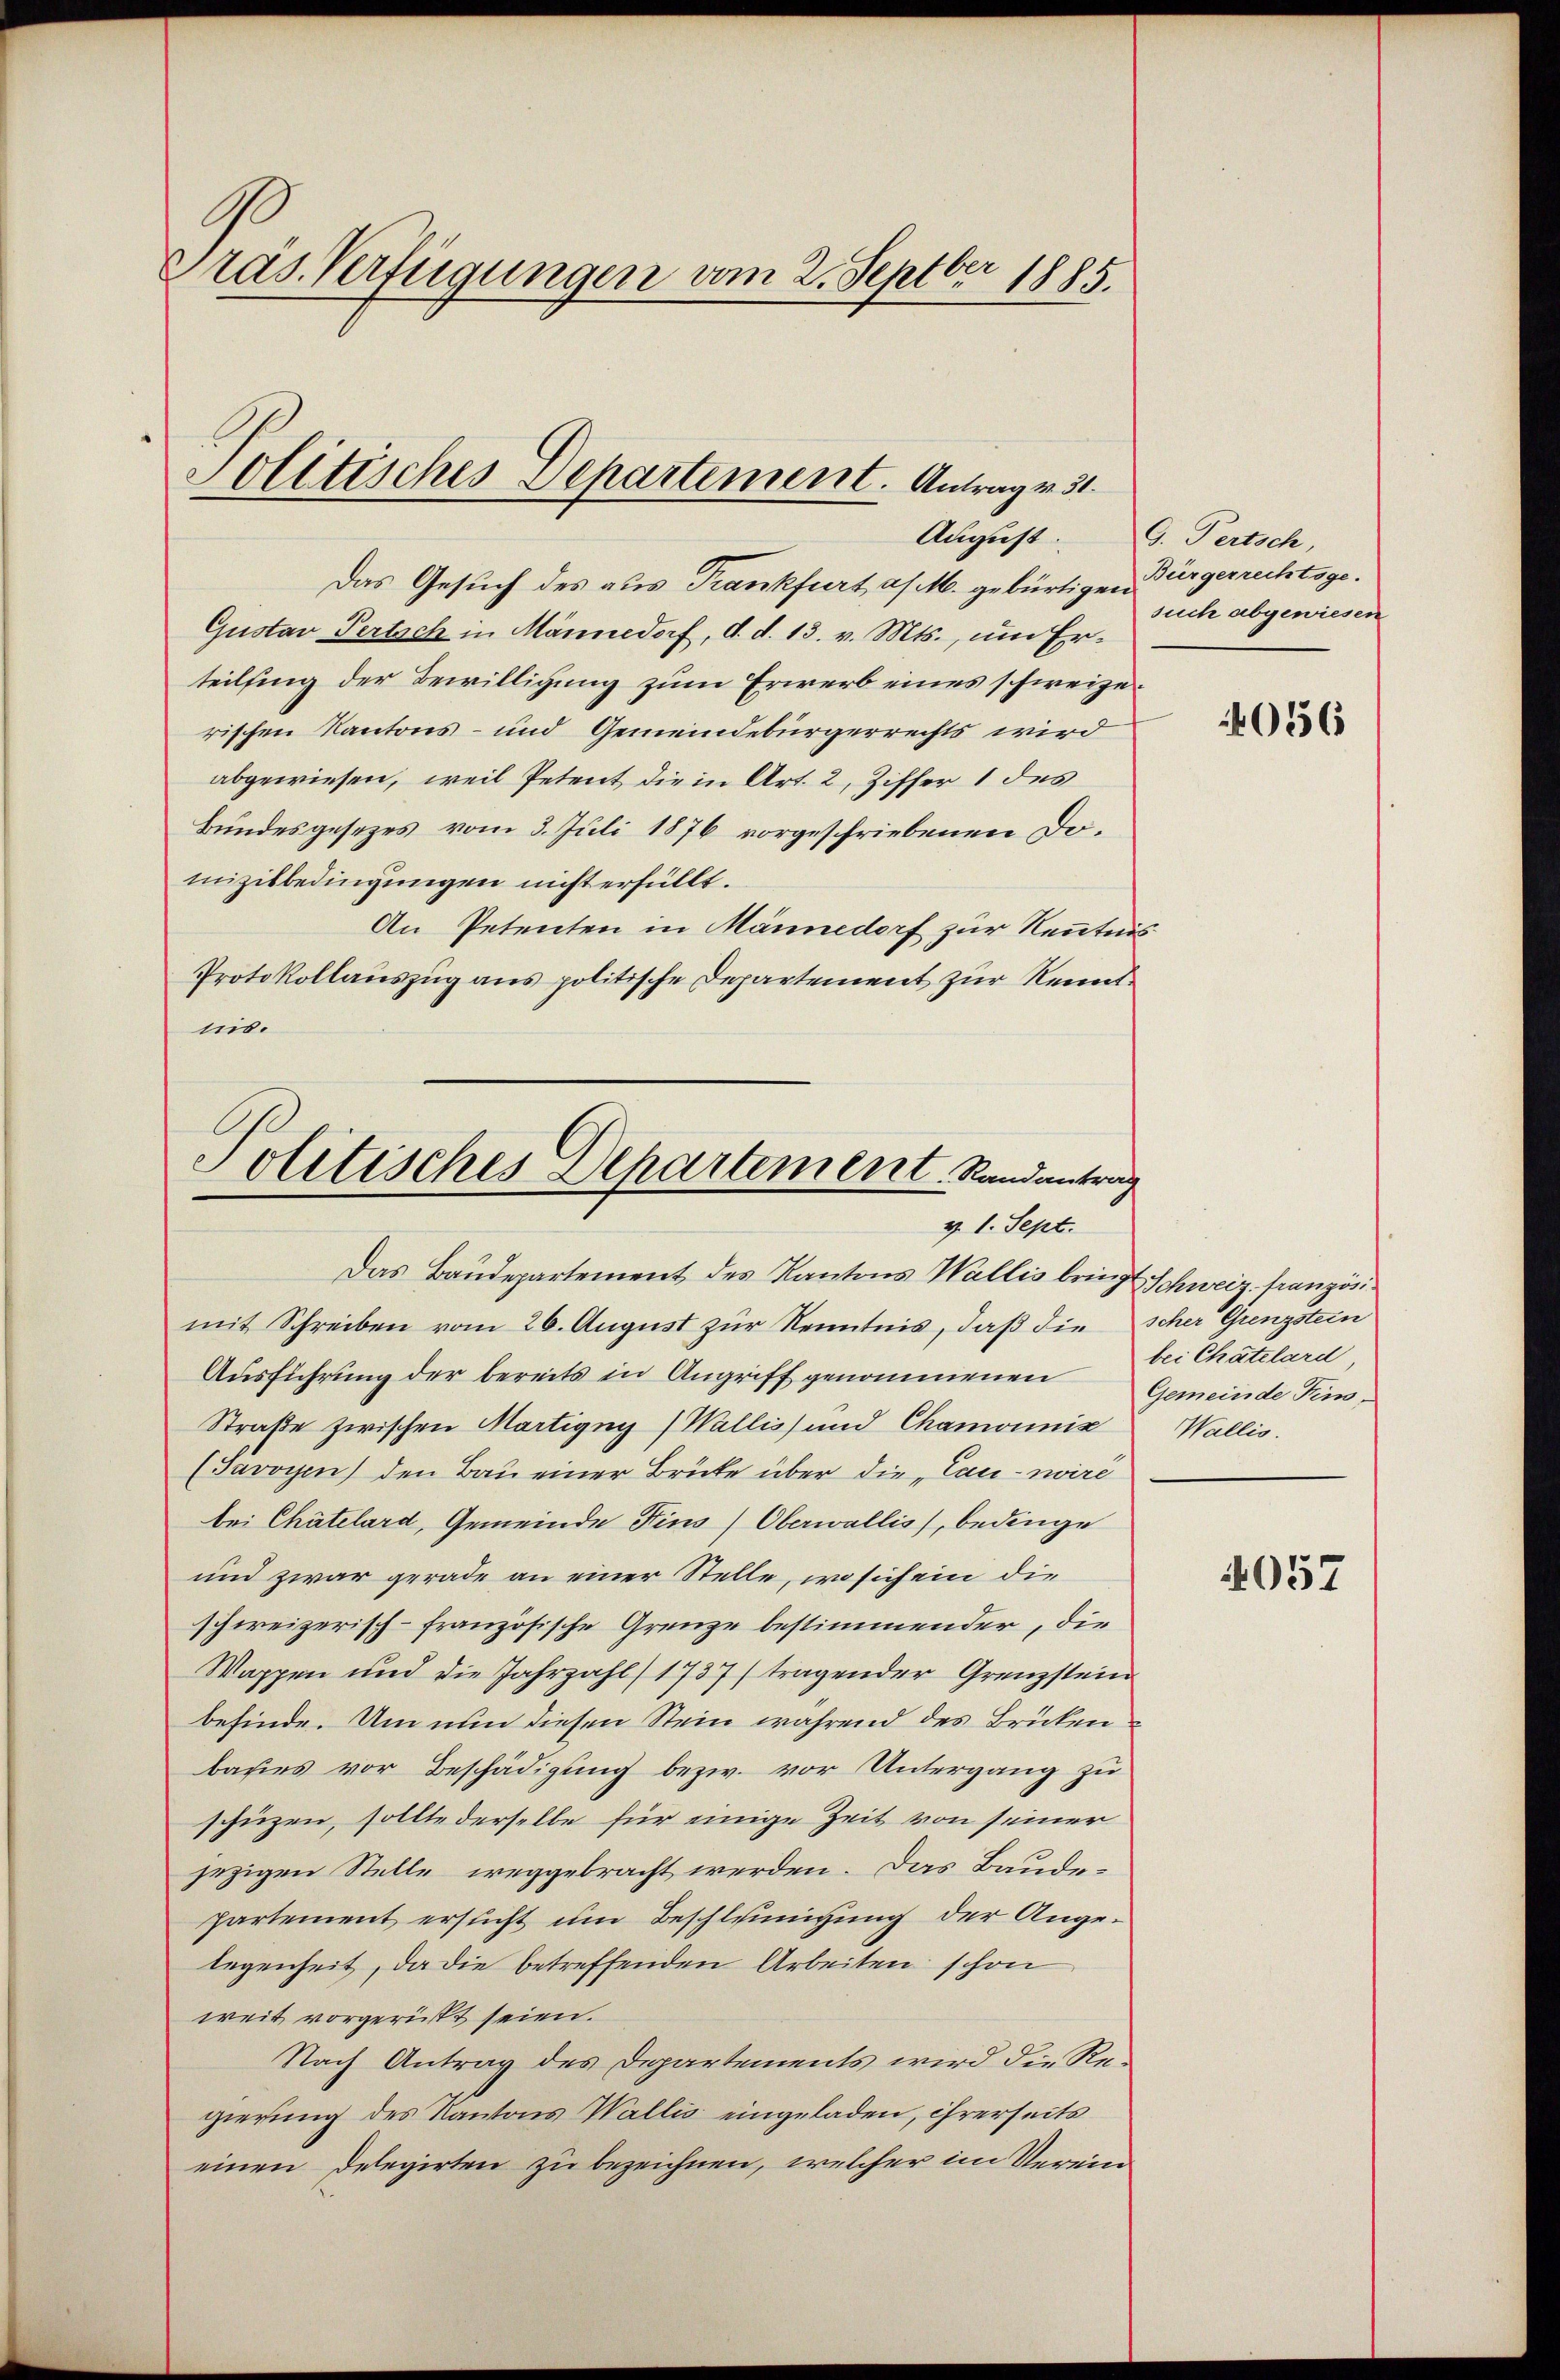
Präs. Verfügungen vom 2. Septbr 1885.

Politisches Departement. Antrag v. 31.
August.

Das Gesuch des aus Frankfurt a/M. gebürtigen Bürgerrechtsge¬
Gustav Pertsch in Männedorf, d. d. 13. v. Mts., um Erteilsing der Bewilligung zum Erwerb eines schweizer
rischen Kantons- und Gemeindebürgerrechts wird
abgewiesen, weil Petent die in Art. 2, Ziffer 1 des
Bundesgesetzes vom 3. Juli 1876 vorgeschriebenen Domizilbedingungen nicht erfüllt.
An Petenten in Männedorf zur Kenntnis
Protokollauszug aus politische Departement zur Kenntnis.

Politisches Departement, Randantrag
v. 1. Sept.

Das Baudepartement des Kantons Wallis bringt Schweiz französimit Schreiben vom 26. August zur Kenntnis, daß die scher Grenzstein
Ausführung der bereits in Angriff genommenen bei Chätelard
Straße zwischen Martigny (Wallis und Chamonnig Wallis.
(Savoyen) den Bau einer Brüte über die „Cau- wird
bei Chätelard, Gemeinde Fins) Oberwallis, bedinge
und zwar gerade an einer Stelle, wo sich ein die
schweizerisch-französische Grenze bestimmender, die
Wappen und die Jahrzahl 1737) tragender Grenzstein
befinde. Um nun diesen Stein während des Brücken
basies vor Beschädigung bezw. vor Untergang zu
schüzen, sollte derselbe für einige Zeit von seiner
jezigen Stelle weggebracht werden. Das Baudepartement ersucht um Beschlunigung der Angelegenheit, da die betreffenden Arbeiten schon
weit vorgericht seien.
Nach Antrag des Departements wird die Regierung des Kantons Wallis eingeladen, ihrerseits
einen Delegirten zu bezeichnen, welcher im Verein

G. Pertsch,
such abgewiesen

056

Gemeinde Fins

4057